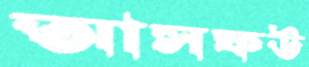
আসফউ